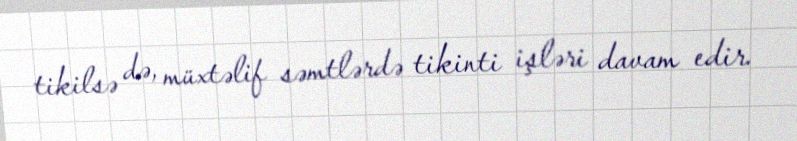
tikilsə də, müxtəlif səmtlərdə tikinti işləri davam edir.